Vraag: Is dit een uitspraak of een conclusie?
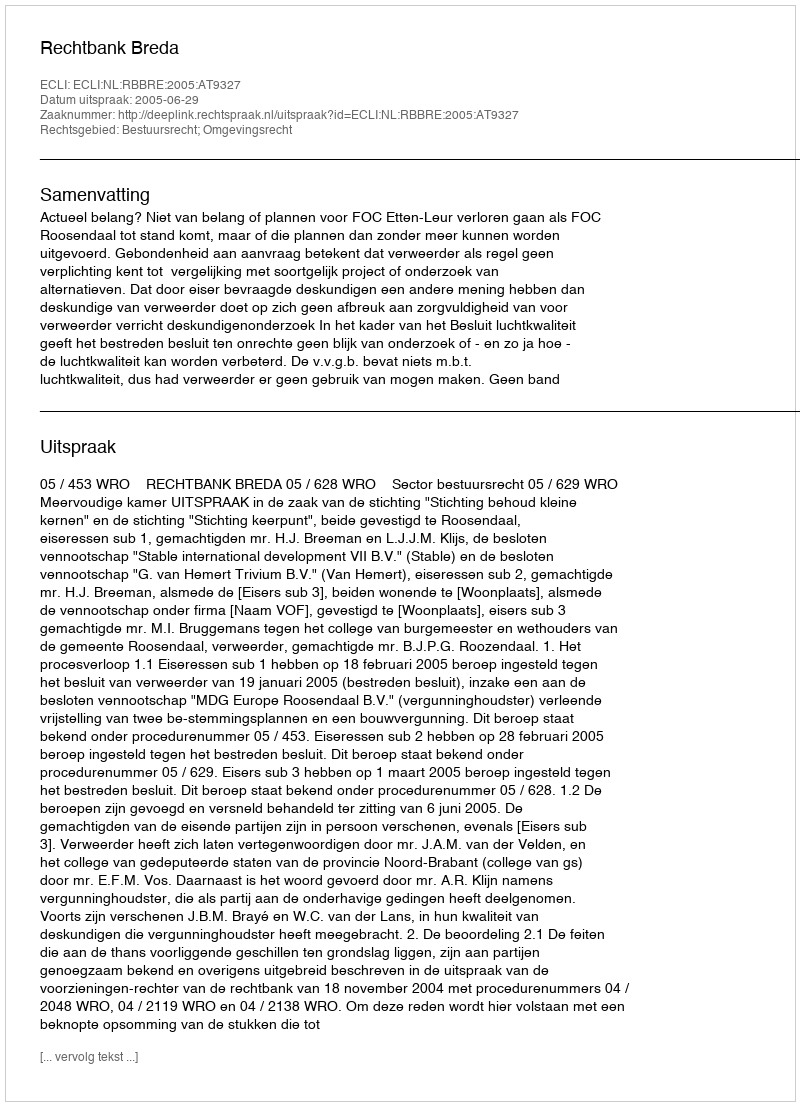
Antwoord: Uitspraak